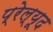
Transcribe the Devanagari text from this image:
प्रेल्यूद